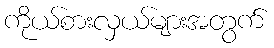
ကိုယ်စားလှယ်များအတွက်